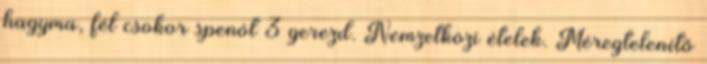
hagyma, fél csokor spenót 3 gerezd. Nemzetközi ételek. Méregtelenítő